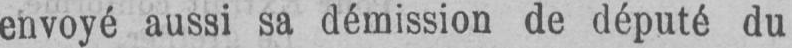
envoyé aussi sa démission de député du